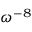
\omega ^ { - 8 }